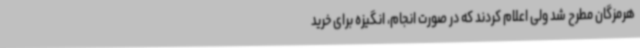
هرمزگان مطرح شد ولی اعلام کردند که در صورت انجام، انگیزه برای خرید